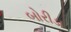
બોરીડા